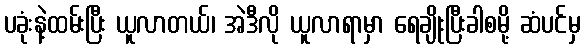
ပခုံးနဲ့ထမ်းပြီး ယူလာတယ်၊ အဲဒီလို ယူလာရာမှာ ရေချိုးပြီးခါစမို့ ဆံပင်မှ